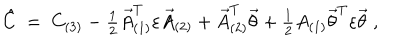
\hat { C } \; = \; C _ { ( 3 ) } - \textstyle { \frac { 1 } { 2 } } \vec { A } _ { ( 1 ) } ^ { T } \varepsilon \vec { A } _ { ( 2 ) } + \vec { A } _ { ( 2 ) } ^ { T } \vec { \theta } + \textstyle { \frac { 1 } { 2 } } A _ { ( 1 ) } \vec { \theta } ^ { T } \varepsilon \vec { \theta } \; ,